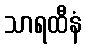
သာရထီနံ